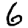
Digit: 6